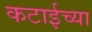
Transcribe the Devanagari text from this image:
कटाईच्या